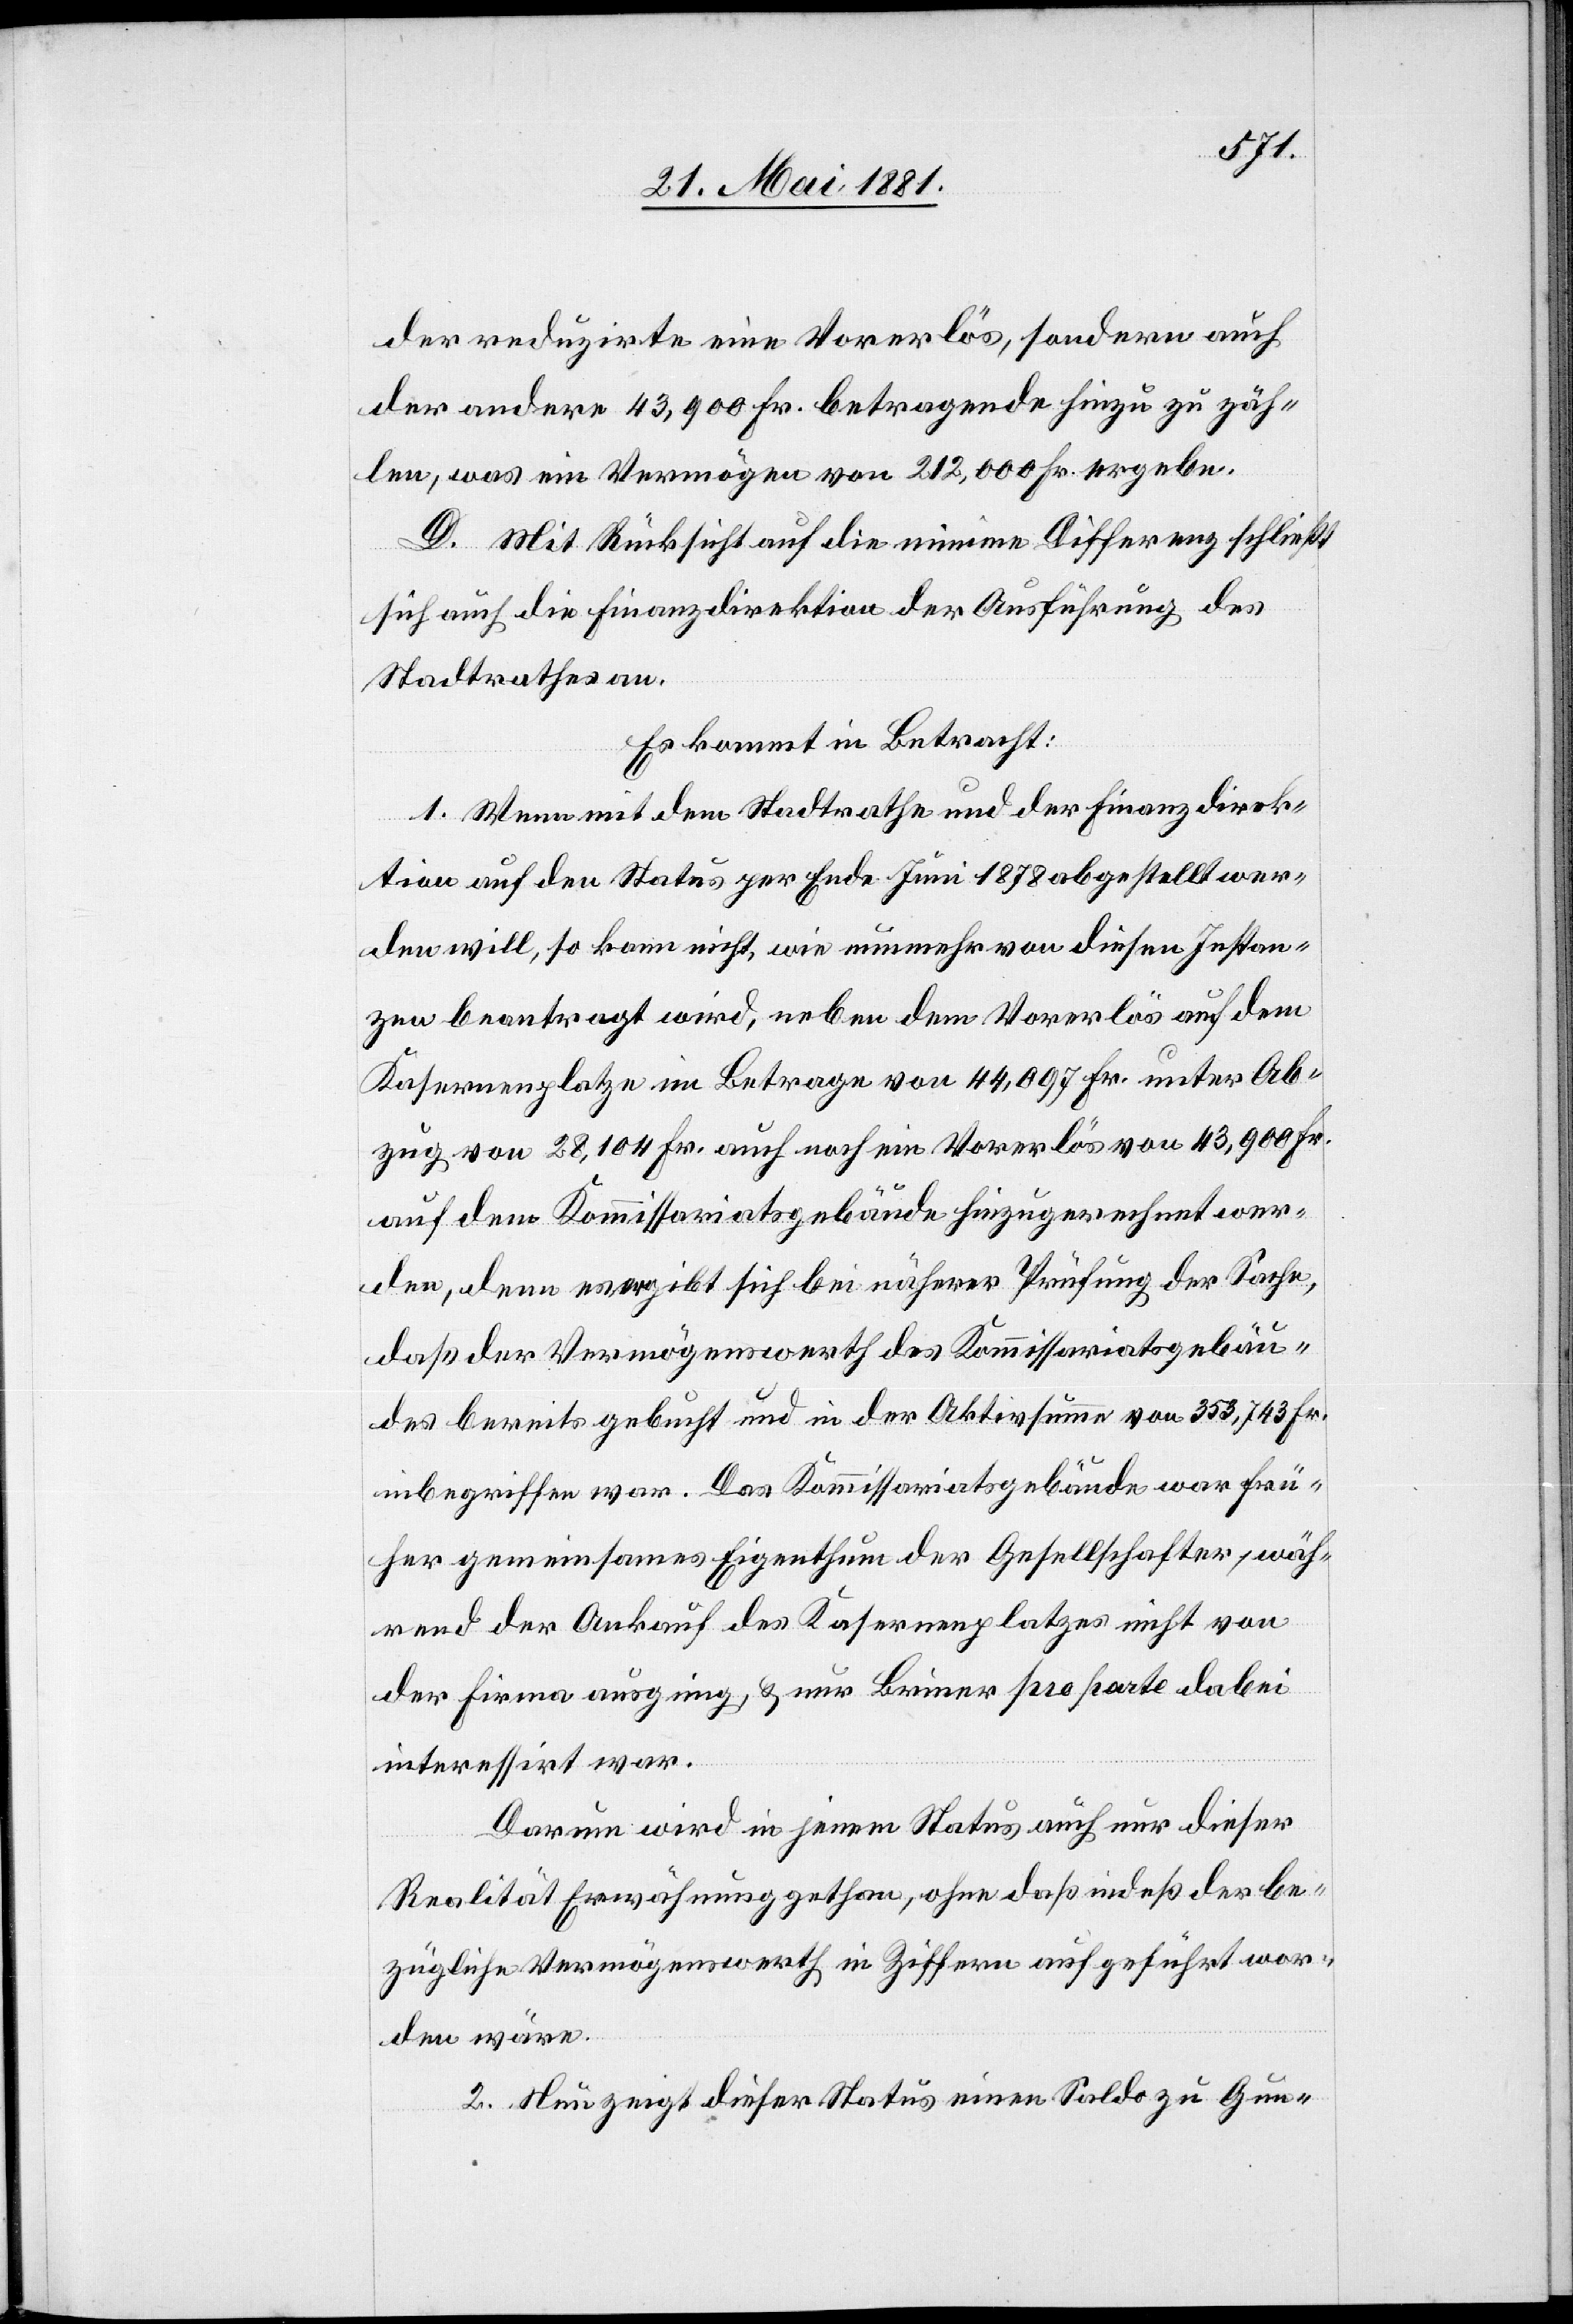
der reduzirte eine Vorerlös, sondern auch
der andere 43,900 Fr. betragende hinzu zu zäh¬
len, was ein Vermögen von 212,000 Fr. ergebe.
D. Mit Rücksicht auf die minime Differenz schließt
sich auch die Finanzdirektion der Ausführung des
Stadtrathes an.
Es kommt in Betracht:
1. Wenn mit dem Stadtrathe und der Finanzdirek¬
tion auf den Status per Ende Juni 1878 abgestellt wer¬
den will, so kann nicht, wie nunmehr von diesen Instan¬
zen beantragt wird, neben dem Vorerlös auf dem
Kasernenplatze im Betrage von 44,097 Fr. unter Ab¬
zug von 28,104 Fr. auch noch ein Vorerlös von 43,900 Fr.
auf dem Komissariatsgebäude hinzugerechnet wer¬
den, denn es ergibt sich bei näherer Prüfung der Sache,
daß der Vermögenswerth des Kommissariatsgebäu¬
des bereits gebucht und in der Aktivsumme von 353,743 Fr.
inbegriffen war. Das Kommissariatsgebäude war frü¬
her gemeinsames Eigenthum der Gesellschafter, wäh¬
rend der Ankauf des Kasernenplatzes nicht von
der Firma ausging, & nur Briner pro parte dabei
interessirt war.
Darum wird in jenem Status auch nur dieser
Realität Erwähnung gethan, ohne daß indeß der be¬
zügliche Vermögenswerth in Ziffern aufgeführt wor¬
den wäre.
2. Neu zeigt dieser Status einen Saldo zu Gun-